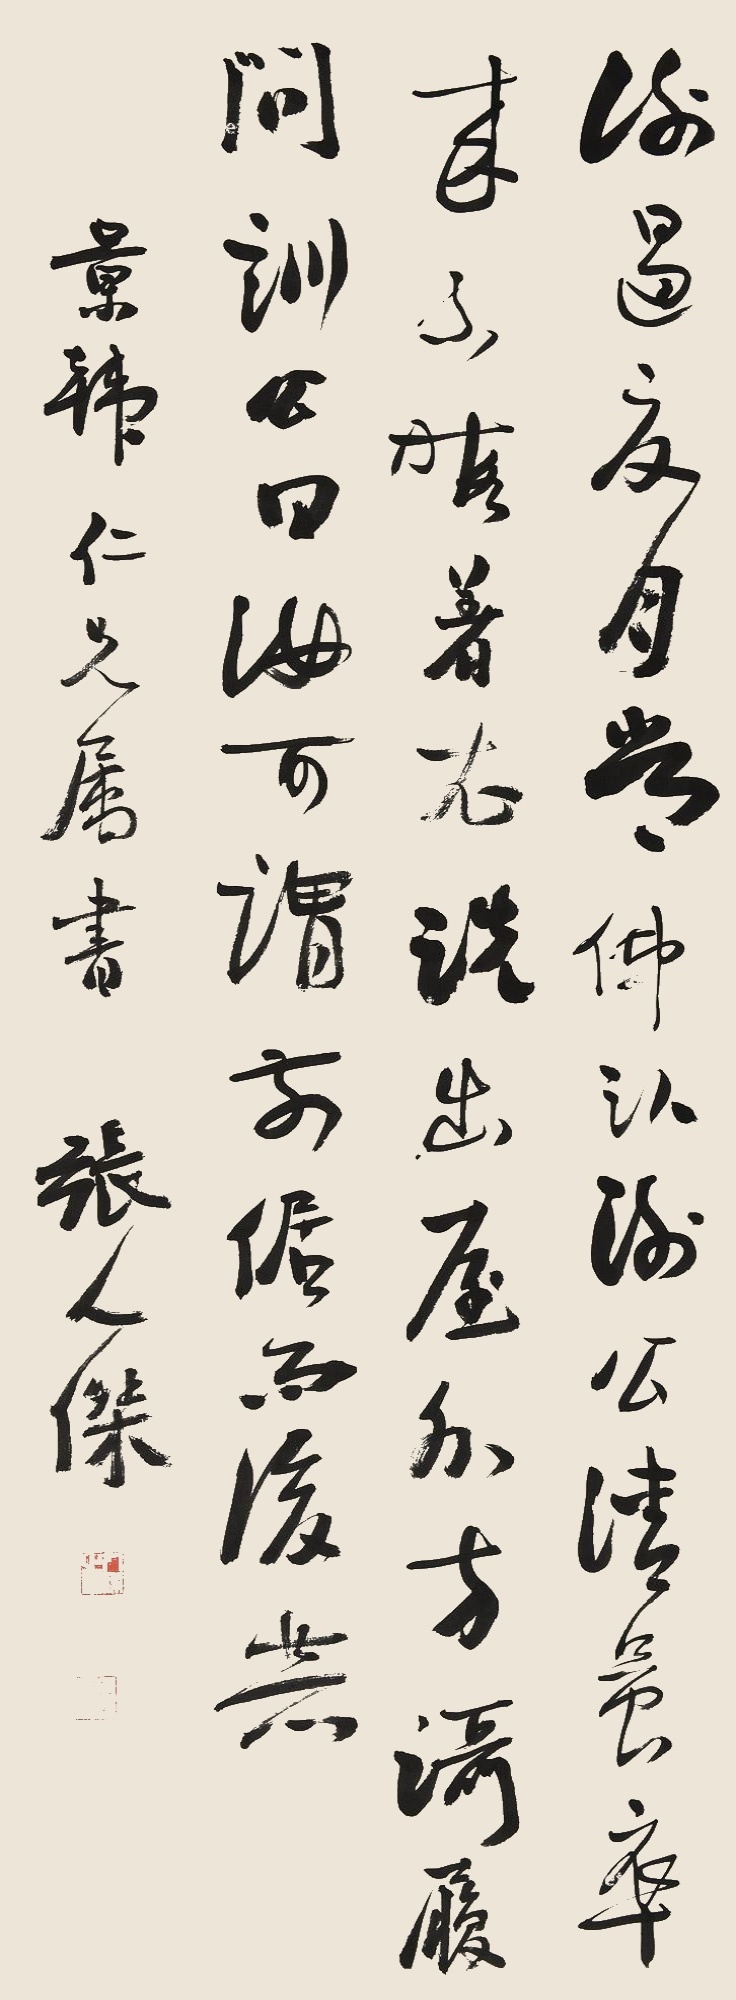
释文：谢遏夏月尝仰卧，谢公清晨卒来，不暇着衣，跣出屋外，方蹑履问讯。公曰：汝可谓前倨而后恭。景韩仁兄属书，张人杰。